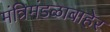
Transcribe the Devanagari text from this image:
मंत्रिमंडळाबाहेर